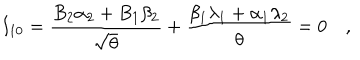
I _ { 1 0 } = { \frac { B _ { 2 } \alpha _ { 2 } + B _ { 1 } \beta _ { 2 } } { \sqrt { \theta } } } + { \frac { \beta _ { 1 } \lambda _ { 1 } + \alpha _ { 1 } \lambda _ { 2 } } { \theta } } = 0 \quad ,